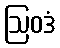
ဩဝဒံ